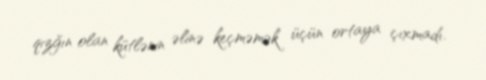
qızğın olan kütlənin əlinə keçməmək üçün ortaya çıxmadı.